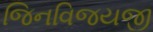
જિનવિજયજી